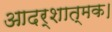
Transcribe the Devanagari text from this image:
आदर्शात्मक।